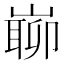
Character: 𡼅